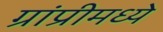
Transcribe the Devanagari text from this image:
ग्रांप्रीमध्ये